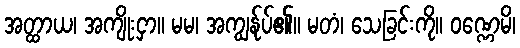
အတ္ထာယ၊ အကျိုးငှာ။ မမ၊ အကျွန်ုပ်၏။ မတံ၊ သေခြင်းကို။ ဝဏ္ဏေမိ၊